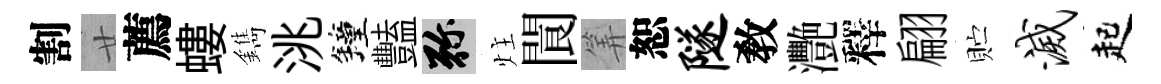
割廿薦螻鐫洮鐘豔弥炷閬筭恕隧敎灧釋翩贮灭起